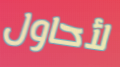
لأحاول